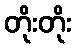
တိုးတိုး